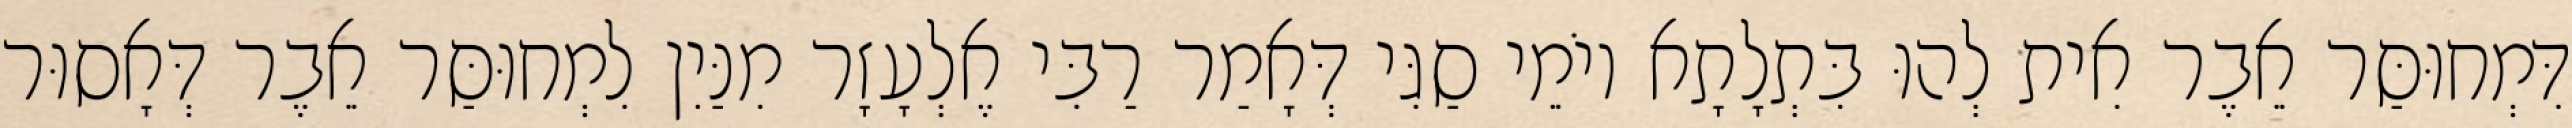
דִּמְחוּסַּר אֵבֶר אִית לְהוּ בִּתְלָתָא יוֹמֵי סַגִּי דְּאָמַר רַבִּי אֶלְעָזָר מִנַּיִן לִמְחוּסַּר אֵבֶר דְּאָסוּר